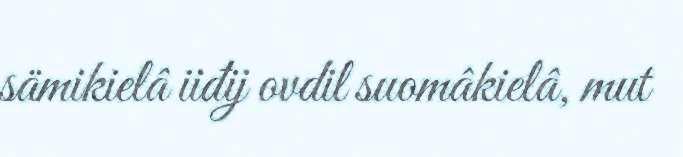
sämikielâ iiđij ovdil suomâkielâ, mut